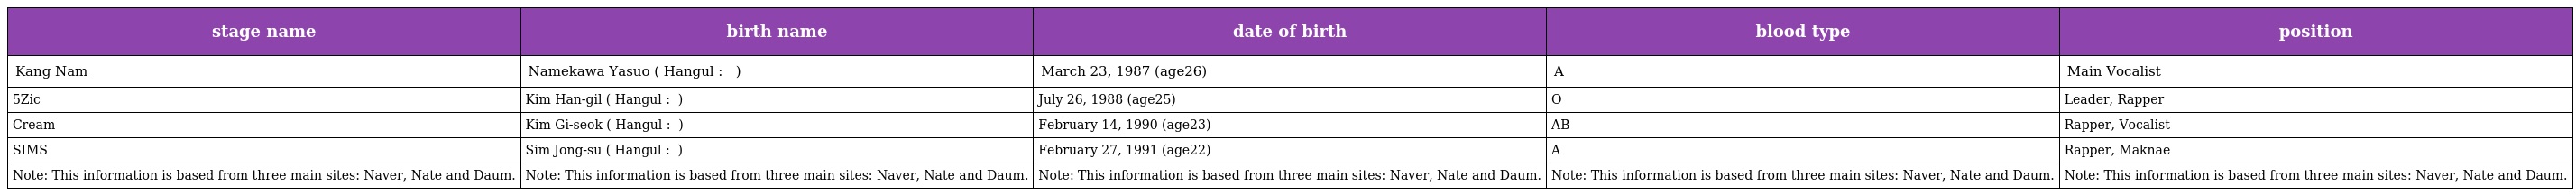
| stage name | birth name | date of birth | blood type | position |
 | --- | --- | --- | --- | --- |
 | Kang Nam | Namekawa Yasuo ( Hangul : 나메카와 야스오 ) | March 23, 1987 (age26) | A | Main Vocalist |
 | 5Zic | Kim Han-gil ( Hangul : 김한길 ) | July 26, 1988 (age25) | O | Leader, Rapper |
 | Cream | Kim Gi-seok ( Hangul : 김기석 ) | February 14, 1990 (age23) | AB | Rapper, Vocalist |
 | SIMS | Sim Jong-su ( Hangul : 심종수 ) | February 27, 1991 (age22) | A | Rapper, Maknae |
 | Note: This information is based from three main sites: Naver, Nate and Daum. | Note: This information is based from three main sites: Naver, Nate and Daum. | Note: This information is based from three main sites: Naver, Nate and Daum. | Note: This information is based from three main sites: Naver, Nate and Daum. | Note: This information is based from three main sites: Naver, Nate and Daum. |